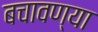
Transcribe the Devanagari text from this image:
बचावण्या